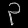
Digit: ၃